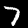
Digit: 7